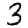
Digit: 3